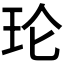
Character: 𮴅